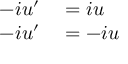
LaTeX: \begin{array} { r l } { - i u ^ { \prime } } & { { } = i u } \\ { - i u ^ { \prime } } & { { } = - i u } \end{array}